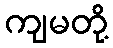
ကျမတို့